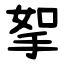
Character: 挐